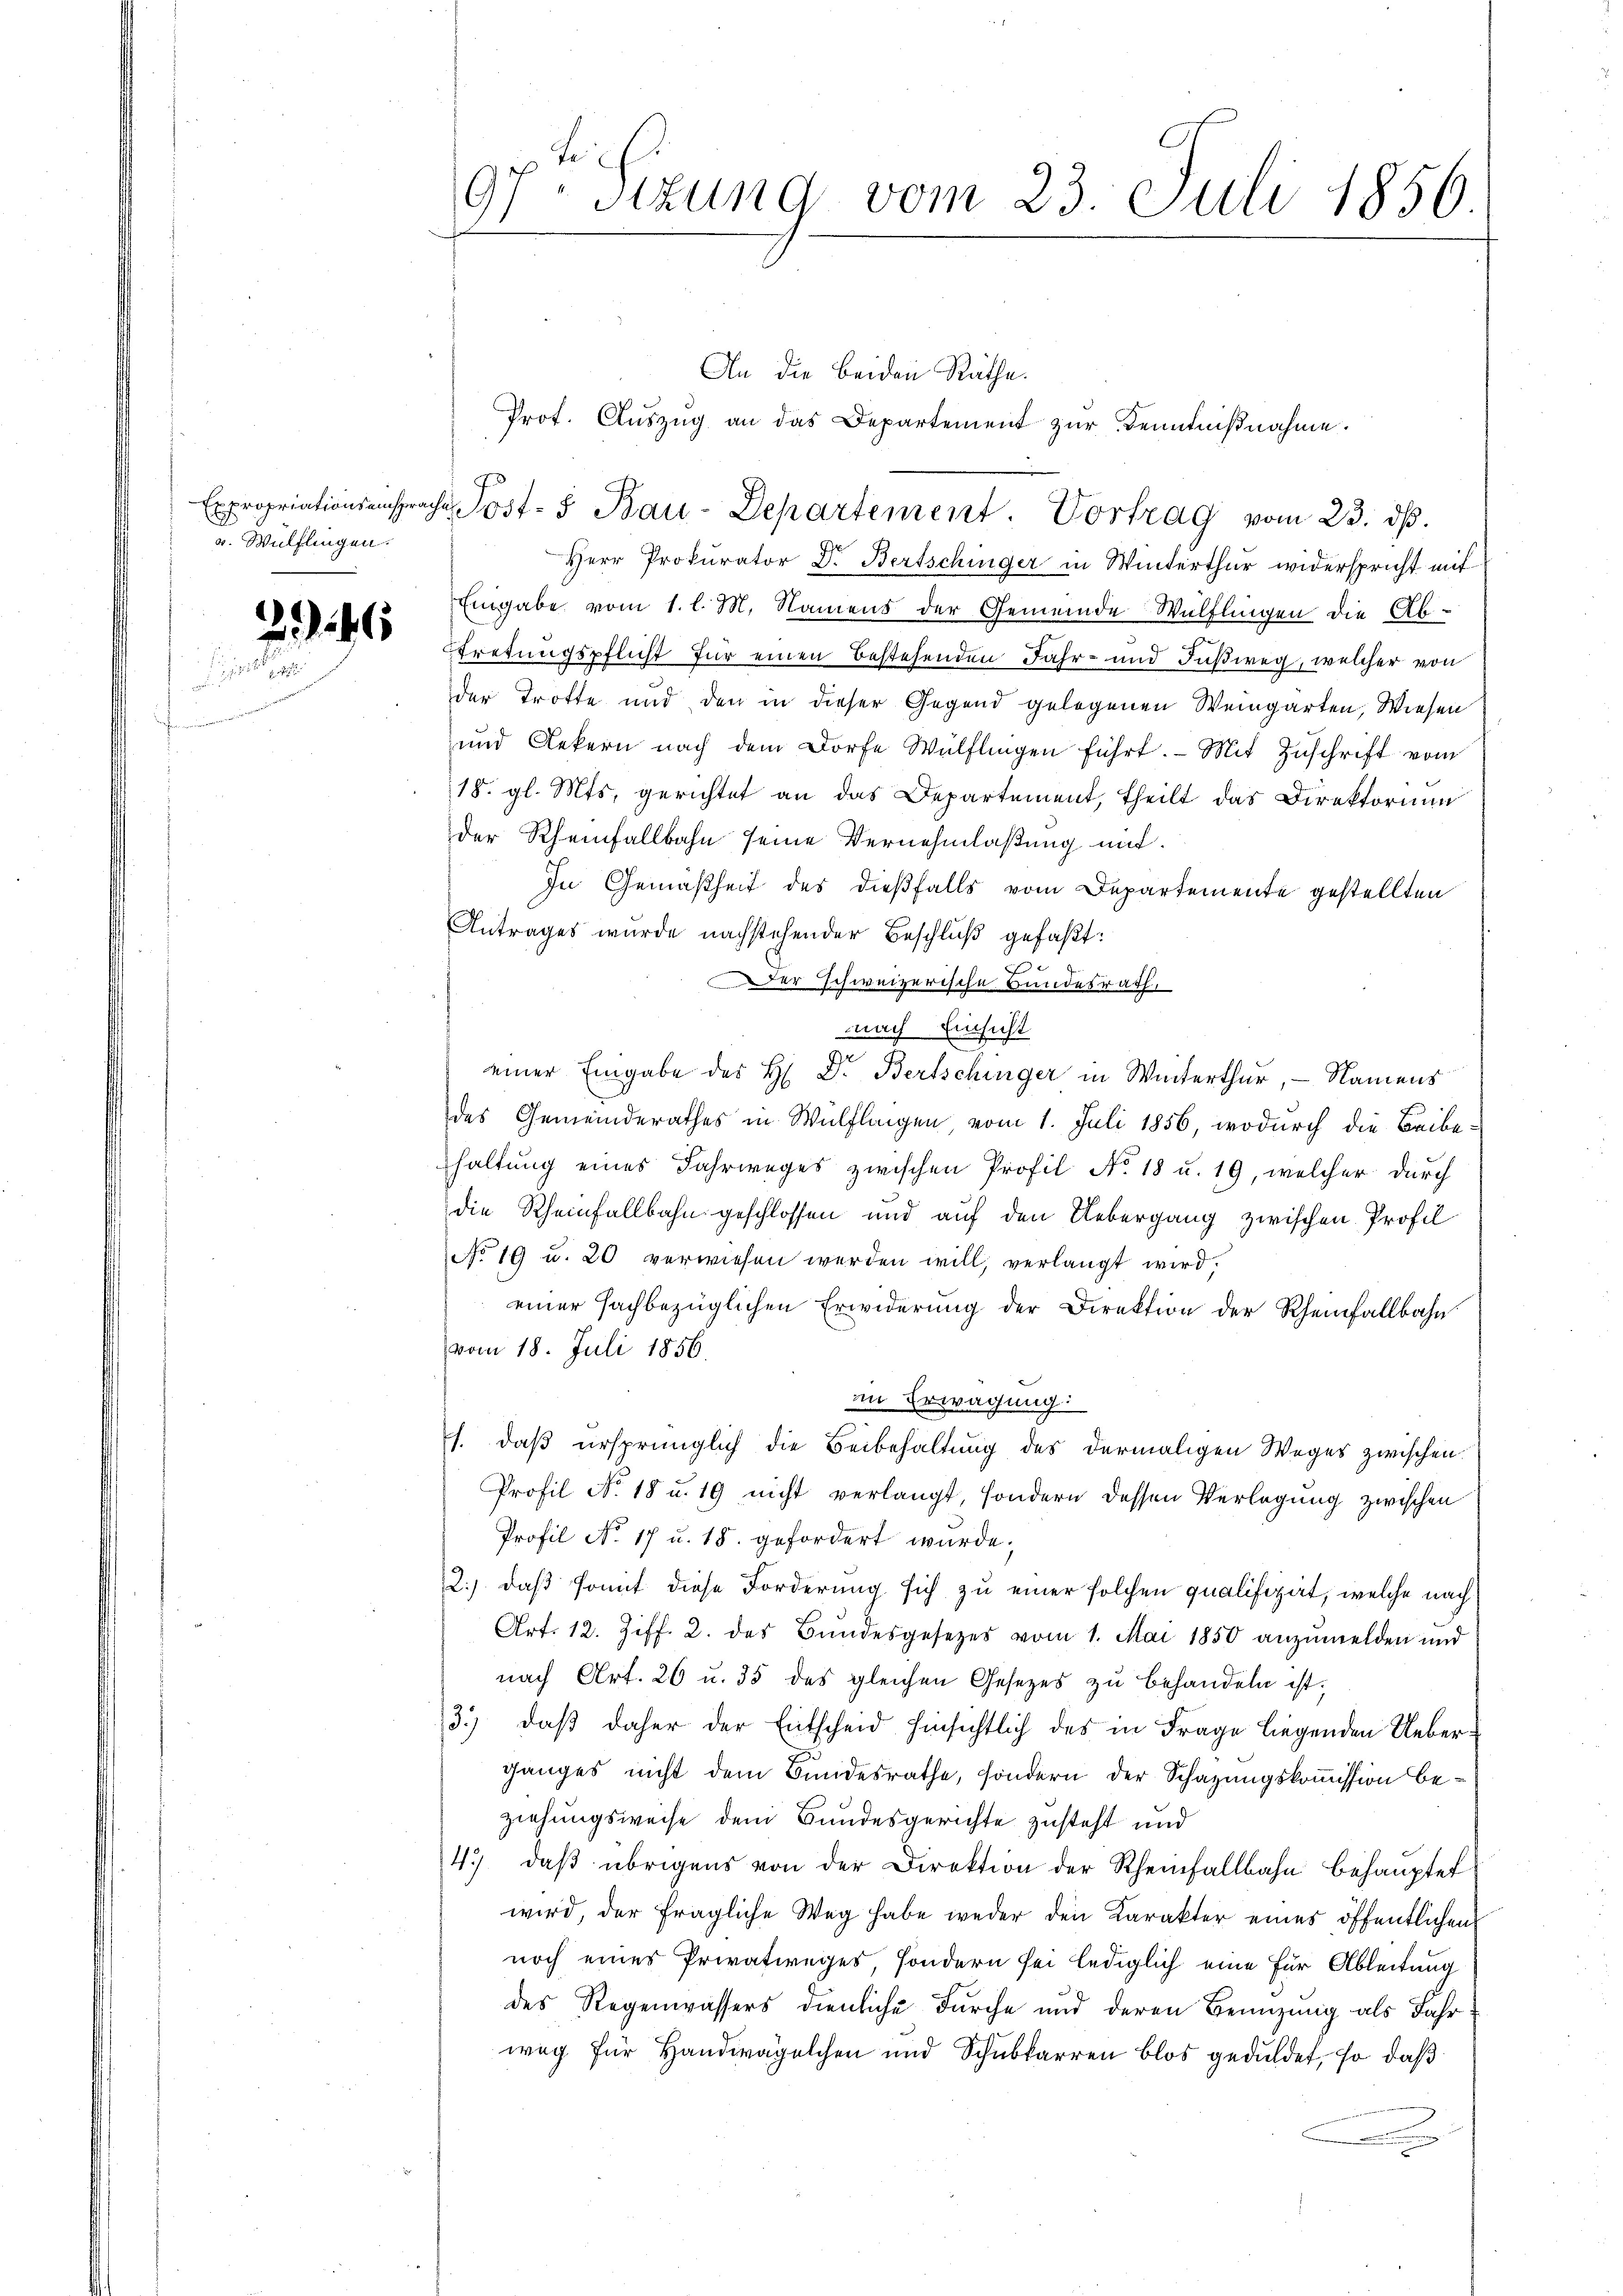
Expropriationseinsprach
v. Wülflingen.

245

97stzung vom 23. Juli 1856.

An die beiden Räthe.
Prof. Auszug an das Departement zur Kenntnißnahme.
Herr Prokurator Dr. Bertschinger in Winterthur widerspricht mit
Eingabe vom 1. l. M. Namens der Gemeinde Wülflingen die Abtretungspflicht für einen bestehenden Fahr- und Fußweg, welcher von
der Trotte und den in dieser Gegend gelegenen Weingarten, Wiesen
und Dekern nach dem Dorfe Wülflingen führt. Mit Zuschrift vom
18. gl. Mts. gerichtet an das Departement, theilt das Direktorium
der Rheinfallbahn seine Vernehmlaßung mit.
In Gemäßheit des dießfalls vom Departemente gestellten
Antrages wurde nachstehender Beschluß gefaßt:
7
Der schweizerische Bundesrath,
nach Einsicht
einer Eingabe des H: Dr. Bertschinger in Winterthur, - Namens
des Gemeinderathes in Wülflingen, vom 1. Juli 1856, wodurch die Beibehaltung eines Fahrweges zwischen Profil No. 18 u. 19, welcher durch
die Rheinfallbahn geschlossen und auf den Uebergang zwischen Profil
No 19 u. 20 verwiesen werden will, verlangt wird,
einer fachbezüglichen Erwiderung der Direktion der Rheinfallbahn
vom 18. Juli 1856.
in Erwägung:
s. das ursprünglich die Beibehaltung des dermaligen Weges zwischen.
Profil No. 18 u. 19 nicht verlangt, sondern dessen Verlegung zwischen
Profil No 17 u. 18. gefordert wurde.
2.) daß somit diese Forderung sich zu einer solchen qualifizirt, welche nach
Art. 12. Ziff. 2. des Bundesgesetzes vom 1. Mai 1850 anzumelden und
nach Art. 26 u. 35 des gleichen Gesetzes zu behandeln ist;
3.) daβ daher der Entscheid hinsichtlich des in Frage liegenden Ueber-
ganges nicht dem Bundesrathe, sondern der Schazungskommission beziehungsweise dem Bundesgerichte zusteht und
4.) daß übrigens von der Direktion der Rheinfallbahn behauptet
wird, der fragliche Weg habe weder den Karakter eines öffentlichen
noch eines Privatweges, sondern sei lediglich eine für Ableitung
des Regenwassers dienliche Furche und deren Benuzung als Jahr
weg für Handwägelchen und Schubkarren blos geduldet, so daß

h Post- u Bau-Departement. Vortrag vom 23. ds.